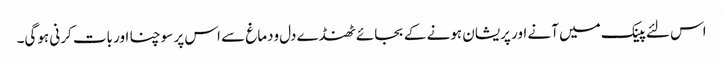
اس لئے پینک میں آنے اور پریشان ہونے کے بجائے ٹھنڈے دل ودماغ سے اس پر سوچنا اور بات کرنی ہوگی۔